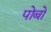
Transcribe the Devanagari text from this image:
पोबो